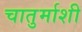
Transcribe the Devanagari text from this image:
चातुर्माशी